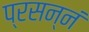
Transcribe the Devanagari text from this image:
प्रसन्नं